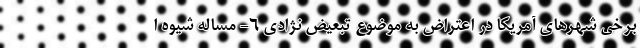
برخی شهرهای آمریکا در اعتراض به موضوع تبعیض نژادی 6- مساله شیوه ا